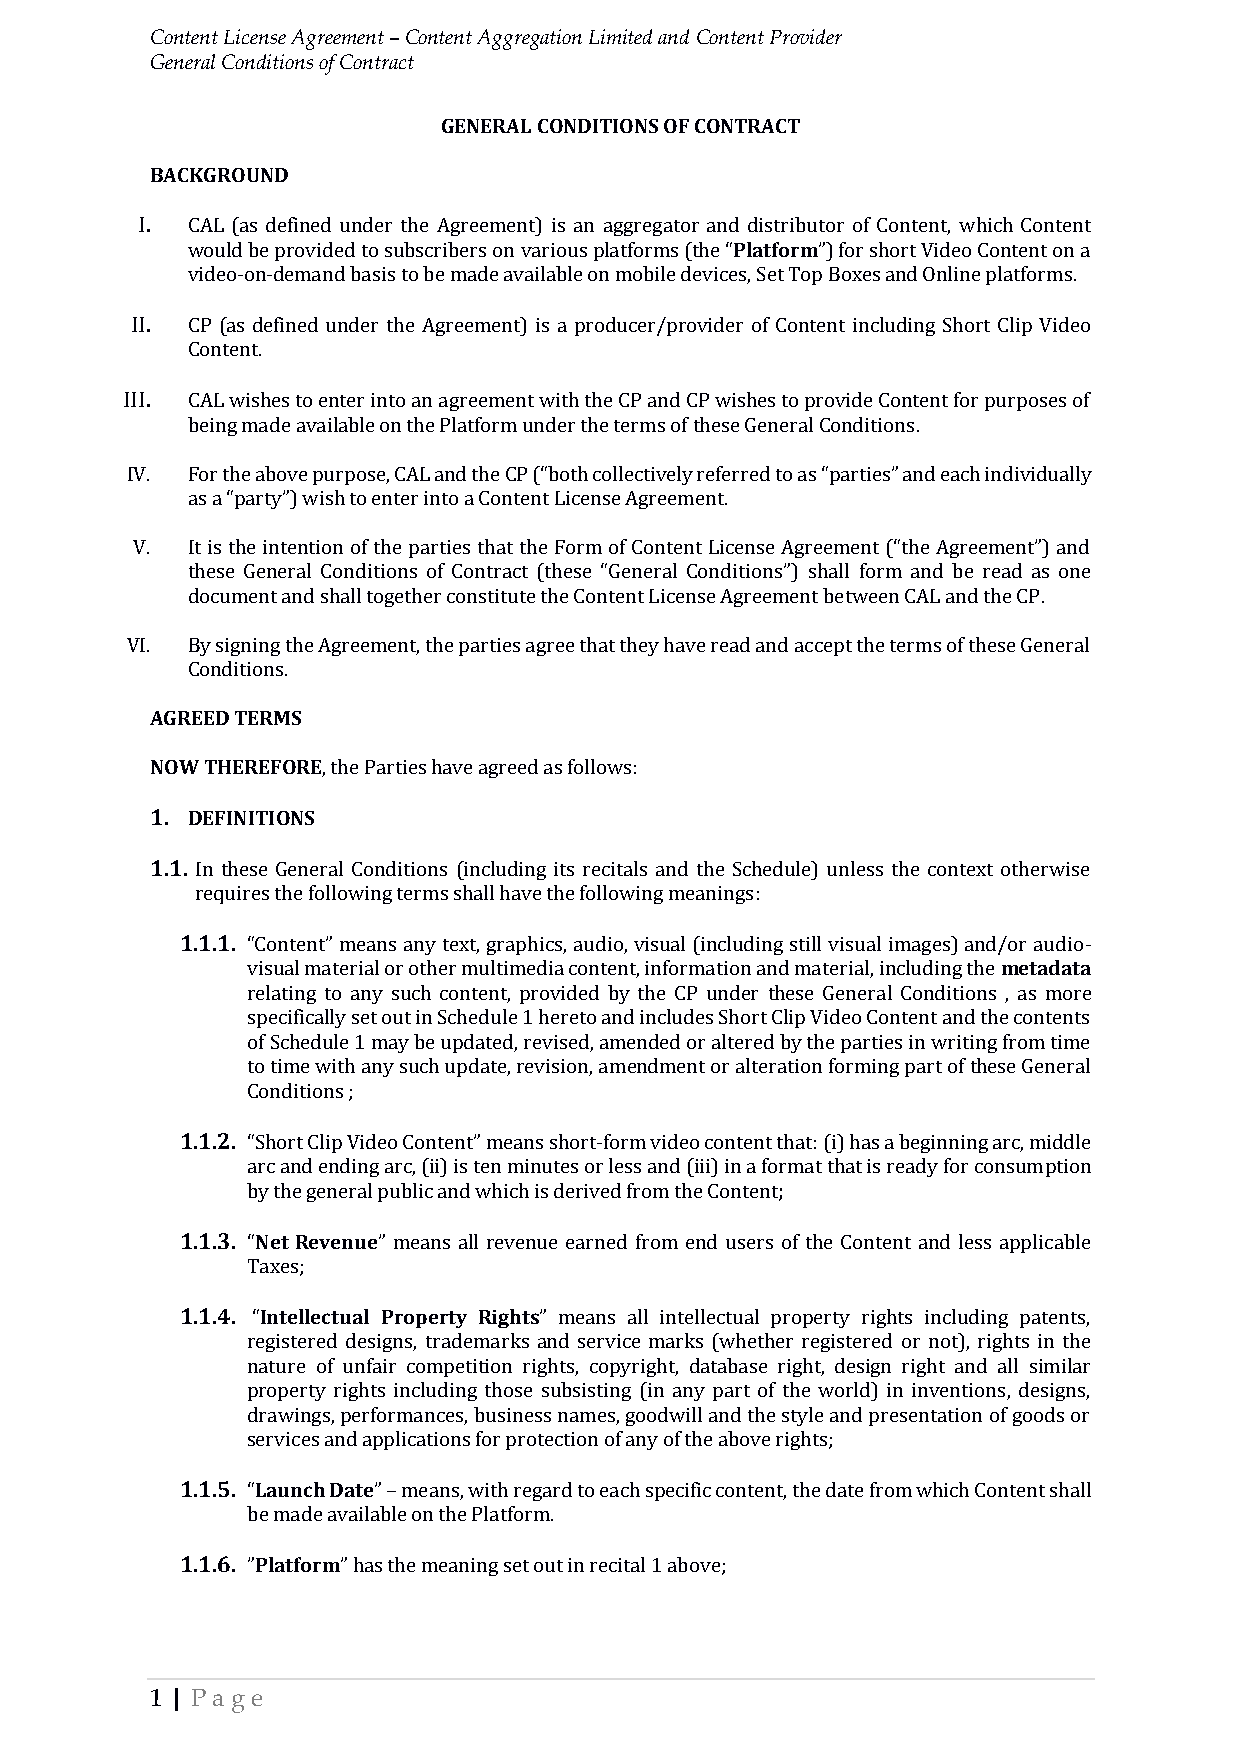
Content License Agreement – Content Aggregation Limited and Content Provider
 General Conditions of Contract
 GENERAL CONDITIONS OF CONTRACT
 BACKGROUND
 I. CAL (as defined under the Agreement) is an aggregator and distributor of Content, which Content
 would be provided to subscribers on various platforms (the “Platform”) for short Video Content on a
 video-on-demand basis to be made available on mobile devices, Set Top Boxes and Online platforms.
 II. CP (as defined under the Agreement) is a producer/provider of Content including Short Clip Video
 Content.
 III. CAL wishes to enter into an agreement with the CP and CP wishes to provide Content for purposes of
 being made available on the Platform under the terms of these General Conditions.
 IV. For the above purpose, CAL and the CP (“both collectively referred to as “parties” and each individually
 as a “party”) wish to enter into a Content License Agreement.
 V. It is the intention of the parties that the Form of Content License Agreement (“the Agreement”) and
 these General Conditions of Contract (these “General Conditions”) shall form and be read as one
 document and shall together constitute the Content License Agreement between CAL and the CP.
 VI. By signing the Agreement, the parties agree that they have read and accept the terms of these General
 Conditions.
 AGREED TERMS
 NOW THEREFORE, the Parties have agreed as follows:
 1. DEFINITIONS
 1.1. In these General Conditions (including its recitals and the Schedule) unless the context otherwise
 requires the following terms shall have the following meanings:
 1.1.1. “Content” means any text, graphics, audio, visual (including still visual images) and/or audio-
 visual material or other multimedia content, information and material, including the metadata
 relating to any such content, provided by the CP under these General Conditions , as more
 specifically set out in Schedule 1 hereto and includes Short Clip Video Content and the contents
 of Schedule 1 may be updated, revised, amended or altered by the parties in writing from time
 to time with any such update, revision, amendment or alteration forming part of these General
 Conditions ;
 1.1.2. “Short Clip Video Content” means short-form video content that: (i) has a beginning arc, middle
 arc and ending arc, (ii) is ten minutes or less and (iii) in a format that is ready for consumption
 by the general public and which is derived from the Content;
 1.1.3. “Net Revenue” means all revenue earned from end users of the Content and less applicable
 Taxes;
 1.1.4. “Intellectual Property Rights” means all intellectual property rights including patents,
 registered designs, trademarks and service marks (whether registered or not), rights in the
 nature of unfair competition rights, copyright, database right, design right and all similar
 property rights including those subsisting (in any part of the world) in inventions, designs,
 drawings, performances, business names, goodwill and the style and presentation of goods or
 services and applications for protection of any of the above rights;
 1.1.5. “Launch Date” – means, with regard to each specific content, the date from which Content shall
 be made available on the Platform.
 1.1.6. ”Platform” has the meaning set out in recital 1 above;
 1 | Pa ge